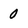
Character: 0